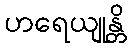
ဟရေယျုန္တိ